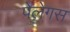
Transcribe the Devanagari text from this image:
पेलेगस